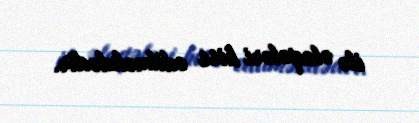
ilə əlaqələri hiss edilməkdədir.